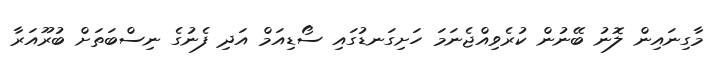
މާގިނައިން ލޮނު ބޭނުން ކުރެވިއްޖެނަމަ ހަށިގަނޑުގައި ސޯޑިއަމް އަދި ފެނުގެ ނިސްބަތަށް ބުރޫއަރާ